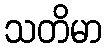
သတိမာ